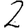
Digit: 2